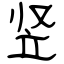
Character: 竖